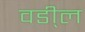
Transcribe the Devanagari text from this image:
वडी्ल